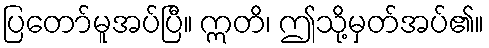
ပြတော်မူအပ်ပြီ။ ဣတိ၊ ဤသို့မှတ်အပ်၏။